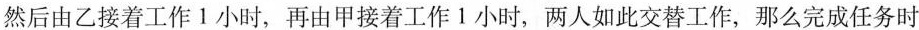
然后由乙接着工作1小时，再由甲接着工作1小时，两人如此交替工作，那么完成任务时